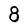
Character: 8